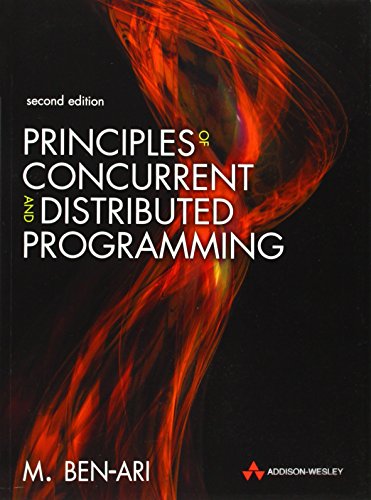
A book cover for Principles of Concurrent and Distributed Programming (2nd Edition); Mordechai Ben-Ari; Computers & Technology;